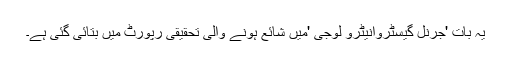
یہ بات 'جرنل گیسٹروانیٹرو لوجی 'میں شائع ہونے والی تحقیقی رپورٹ میں بتائی گئی ہے۔